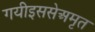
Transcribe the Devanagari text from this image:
गयीइससेअमृत